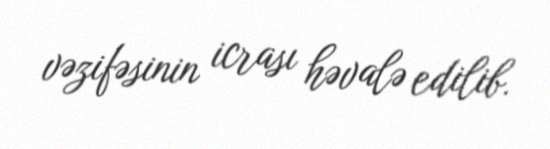
vəzifəsinin icrası həvalə edilib.